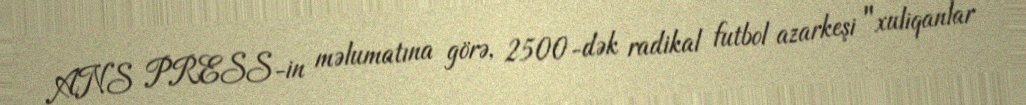
ANS PRESS-in məlumatına görə, 2500-dək radikal futbol azarkeşi "xuliqanlar